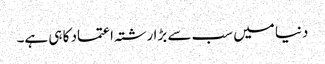
دنیا میں سب سے بڑا رشتہ اعتماد کا ہی ہے۔